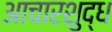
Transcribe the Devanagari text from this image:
आचारशुद्ध